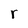
Character: r